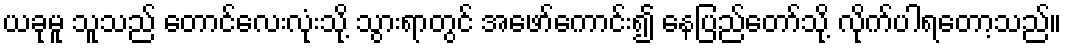
ယခုမူ သူသည် တောင်လေးလုံးသို့ သွားရာတွင် အဖော်ကောင်း၍ နေပြည်တော်သို့ လိုက်ပါရတော့သည်။